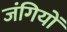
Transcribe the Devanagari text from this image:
जंगियों